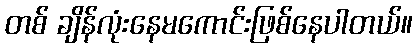
တစ် ချိန်လုံးနေမကောင်းဖြစ်နေပါတယ်။